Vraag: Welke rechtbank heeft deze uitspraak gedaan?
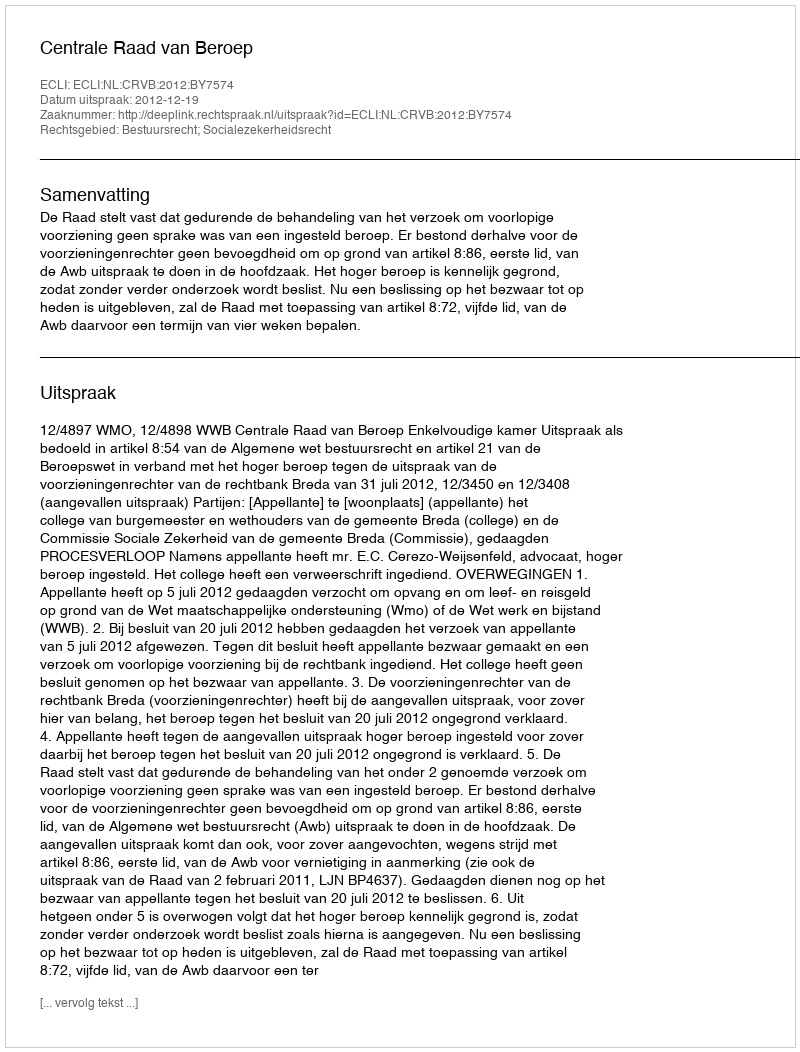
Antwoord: Centrale Raad van Beroep